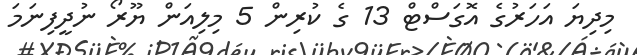
މިދިޔަ އަހަރުގެ އޮގަސްޓް 13 ގެ ކުރިން 5 މިލިއަން ޔޫރޯ ނުދީފިނަމަ